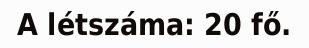
A létszáma: 20 fő.